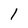
Character: 1